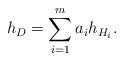
LaTeX: \begin{align*}h_{D}=\sum_{i=1}^{m}a_{i}h_{H_{i}}.\end{align*}